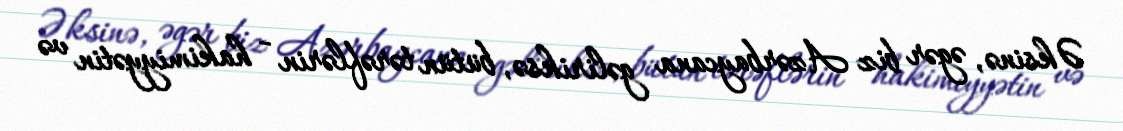
Əksinə, əgər biz Azərbaycana gəliriksə, bütün tərəflərin - hakimiyyətin və